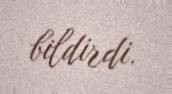
bildirdi.